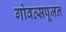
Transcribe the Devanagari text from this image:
गोवत्सपूजन